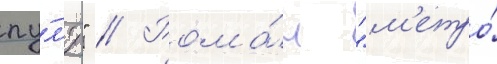
пу́л'я." // Рома́н "м'етро́